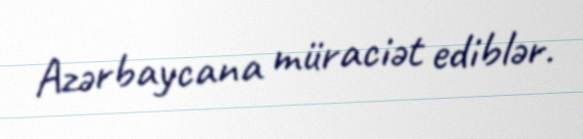
Azərbaycana müraciət ediblər.